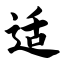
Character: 适